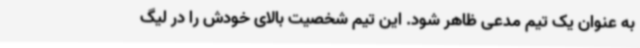
به عنوان یک تیم مدعی ظاهر شود. این تیم شخصیت بالای خودش را در لیگ